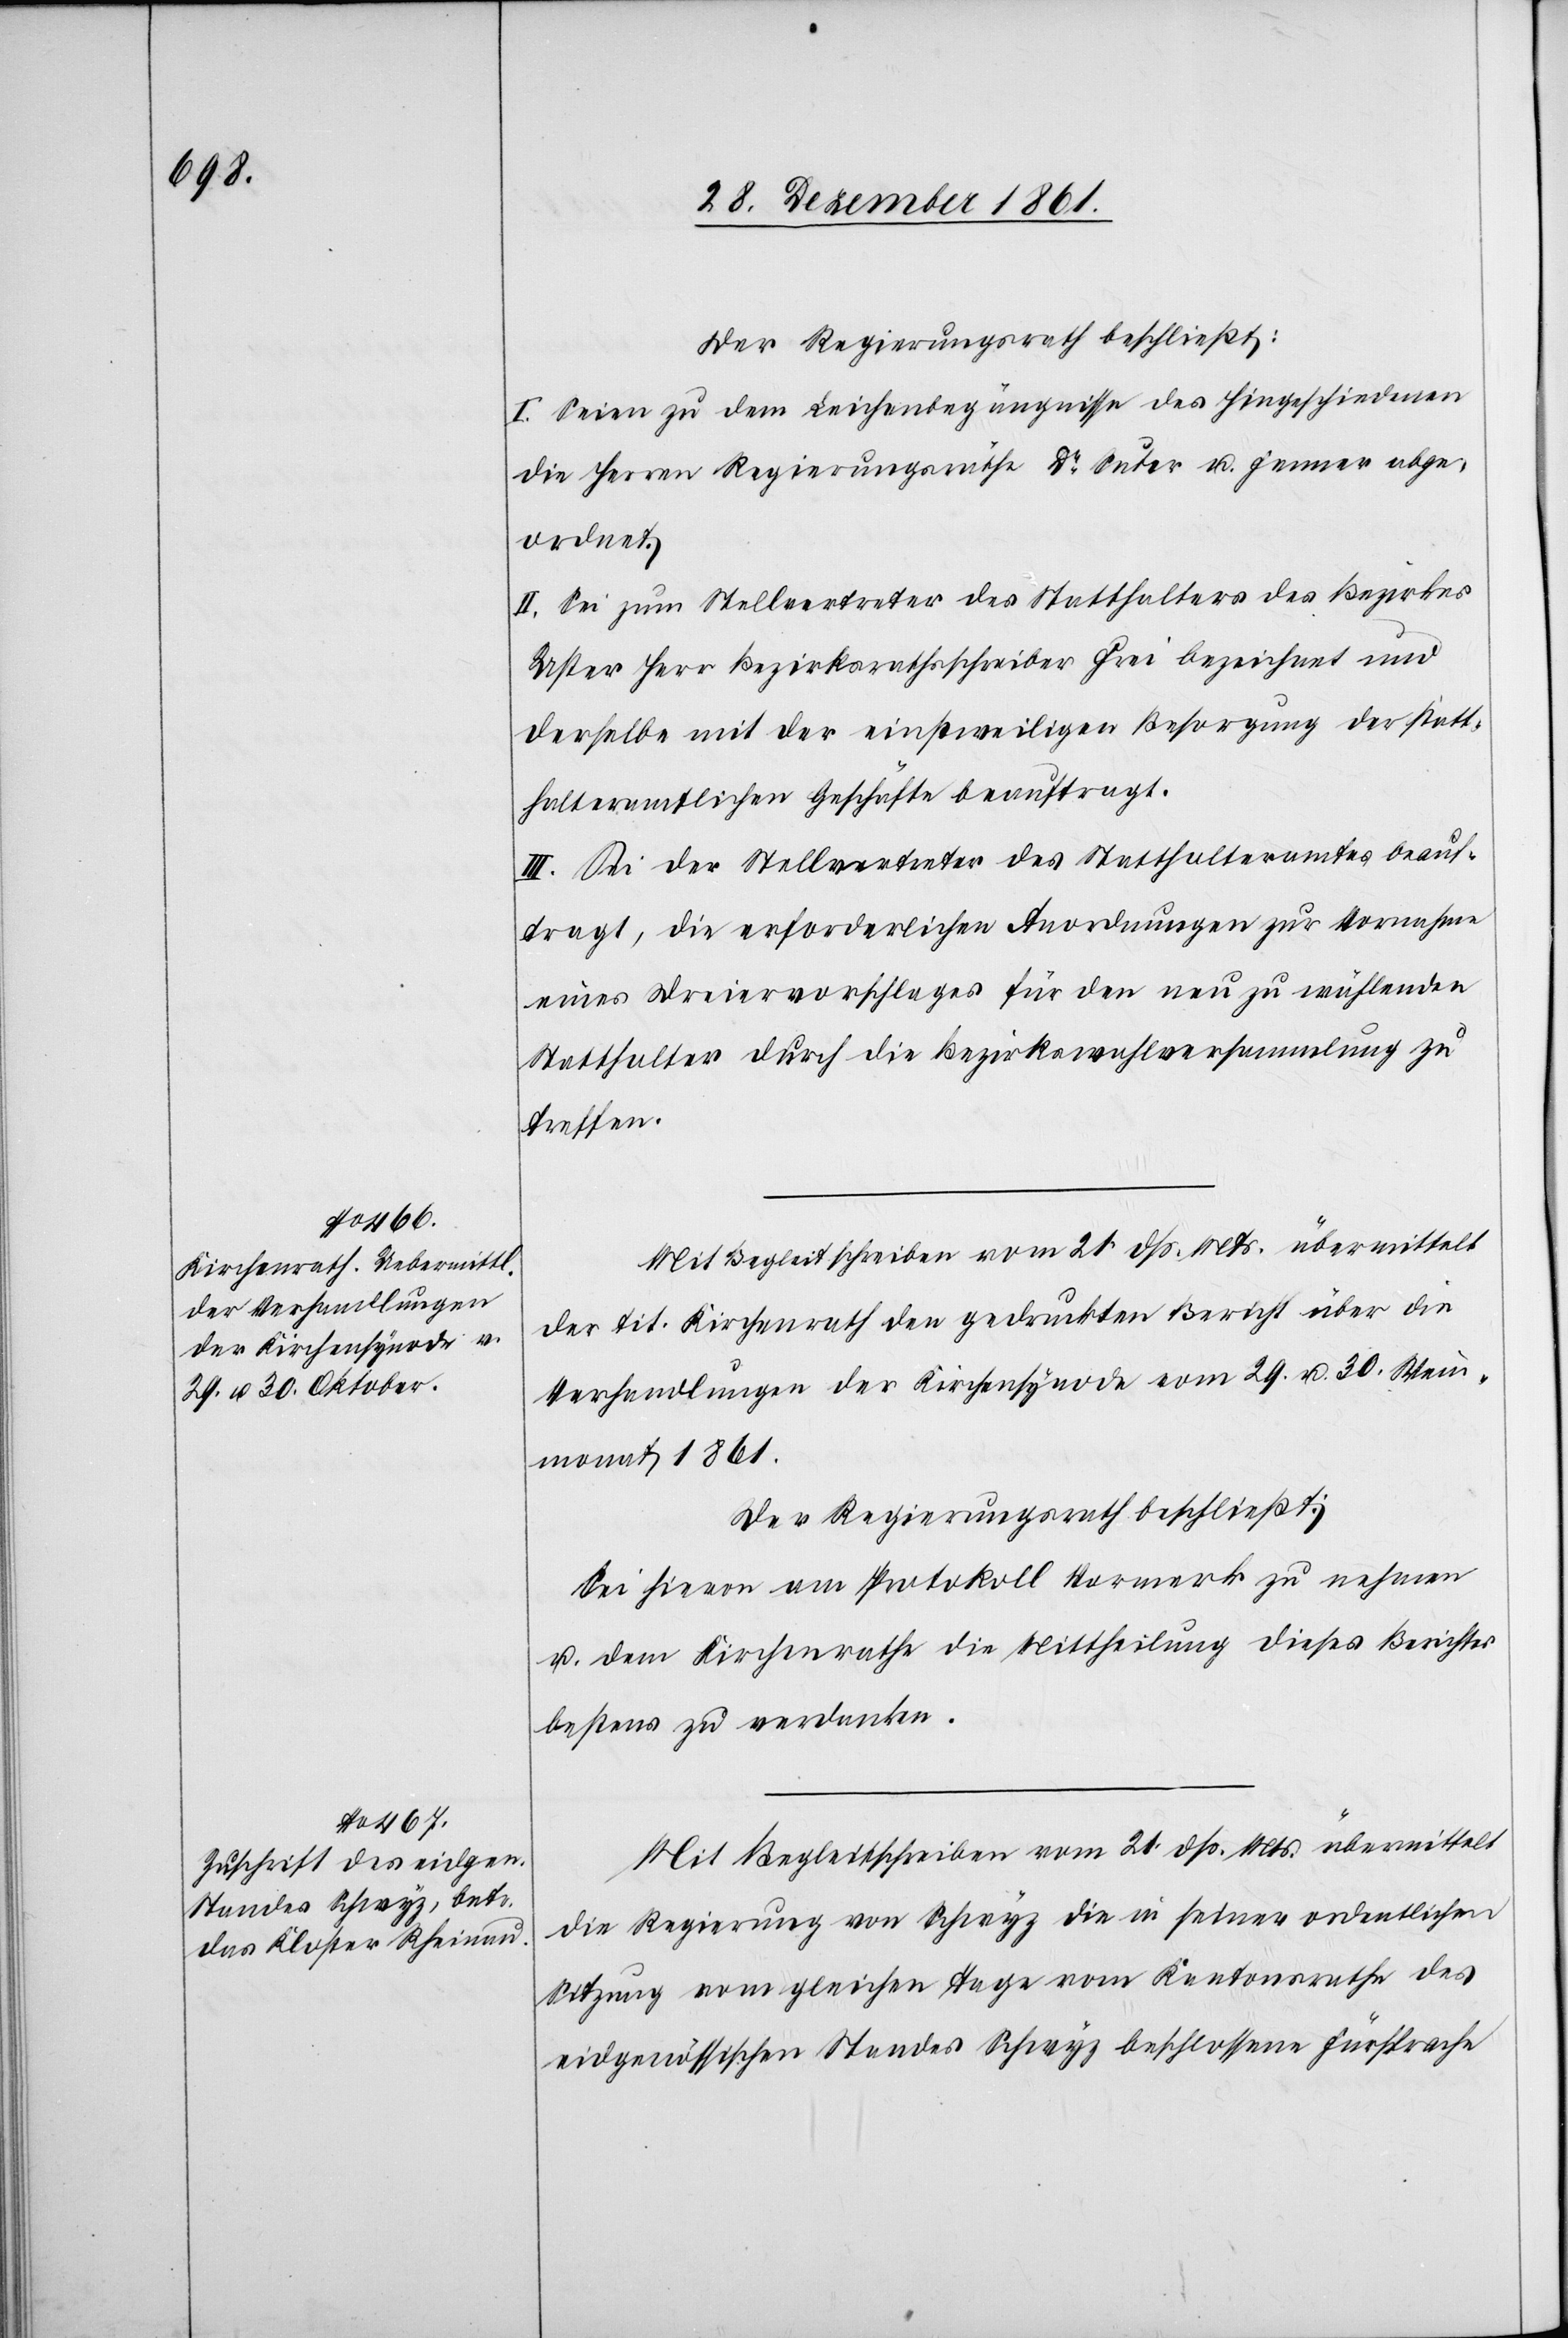
Der Regierungsrath beschließt:
I. Seien zu dem Leichenbezeugnisse des Hingeschiedenen
die Herren Regierungsräthe Dr Suter u. Fenner abge¬
ordnet.
II. Sei zum Stellvertreter des Statthalters des Bezirkes
Uster Herr Bezirksrathsschreiber Frei bezeichnet und
derselbe mit der einstweiligen Besorgung der statt¬
halteramtlichen Geschäfte beauftragt.
III. Sei der Stellvertreter des Statthalteramtes beauf¬
tragt, die erforderlichen Anordnungen zur Vornahme
eines Dreiervorschlages für den neu zu erwählenden
Statthalter durch die Bezirkswahlversammlung zu
treffen.
der tit. Kirchenrath den gedruckten Bericht über die
Verhandlungen der Kirchensynode vom 29. u. 30 Wein¬
monat 1861.
Der Regierungsrath beschließt:
Sei hievon am Protokoll Vormerk zu nehmen
u. dem Kirchenrathe die Mittheilung dieses Berichtes
bestens zu verdanken.
Mit Begleitschreiben vom 21 dss. Mts. übermittelt
die Regierung von Schwyz die in seiner ordentlichen
Sitzung vom gleichen Tage vom Kantonsrathe des
eidgenössischen Standes Schwyz beschlossene Fürsprache